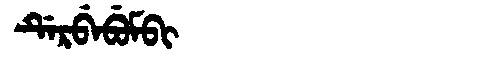
Manchu: ᡩᡝᡵᠪᡝᠪᡠᠮᠪᡳ
Romanization: DERBEBUMBI